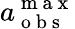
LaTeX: a_{\mathrm{~o~b~s~}}^{\mathrm{~m~a~x~}}